Indian journal of veterinary science and animal husbandry - Volumes 18-21, 1948-1951
Year: 1948
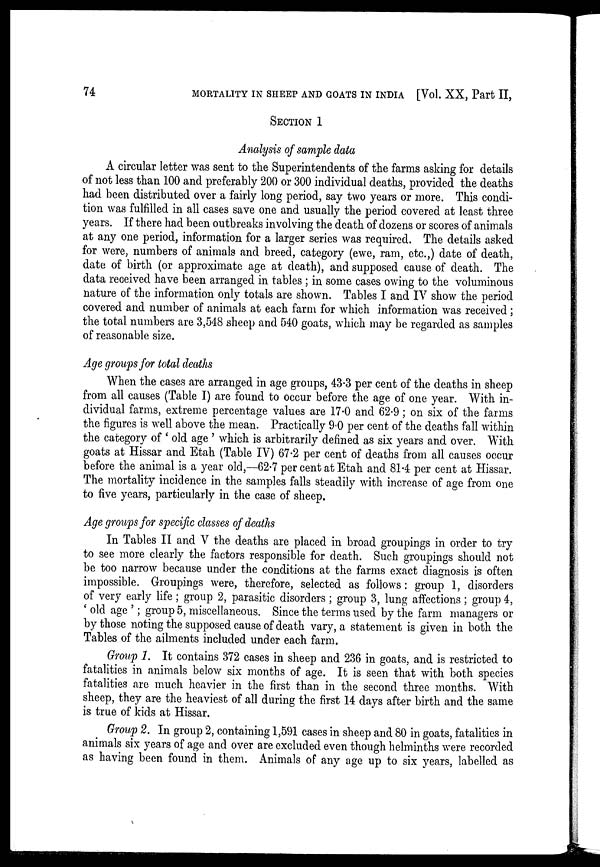
74
MORTALITY IN SHEEP AND GOATS IN INDIA [Vol. XX, Part II,
SECTION 1
Analysis of sample data
A circular letter was sent to the Superintendents of the farms asking for details
of not less than 100 and preferably 200 or 300 individual deaths, provided the deaths
had been distributed over a fairly long period, say two years or more. This condi-
tion was fulfilled in all cases save one and usually the period covered at least three
years. If there had been outbreaks involving the death of dozens or scores of animals
at any one period, information for a larger series was required. The details asked
for were, numbers of animals and breed, category (ewe, ram, etc.,) date of death,
date of birth (or approximate age at death), and supposed cause of death. The
data received have been arranged in tables ; in some cases owing to the voluminous
nature of the information only totals are shown. Tables I and IV show the period
covered and number of animals at each farm for which information was received ;
the total numbers are 3,548 sheep and 540 goats, which may be regarded as samples
of reasonable size.
Age groups for total deaths
When the cases are arranged in age groups, 43.3 per cent of the deaths in sheep
from all causes (Table I) are found to occur before the age of one year. With in-
dividual farms, extreme percentage values are 17.0 and 62.9 ; on six of the farms
the figures is well above the mean. Practically 9.0 per cent of the deaths fall within
the category of 'old age' which is arbitrarily defined as six years and over. With
goats at Hissar and Etah (Table IV) 67.2 per cent of deaths from all causes occur
before the animal is a year old,—62.7 per cent at Etah and 81.4 per cent at Hissar.
The mortality incidence in the samples falls steadily with increase of age from one
to five years, particularly in the case of sheep.
Age groups for specific classes of deaths
In Tables II and V the deaths are placed in broad groupings in order to try
to see more clearly the factors responsible for death. Such groupings should not
be too narrow because under the conditions at the farms exact diagnosis is often
impossible. Groupings were, therefore, selected as follows: group 1, disorders
of very early life ; group 2, parasitic disorders; group 3, lung affections; group 4,
'old age' ; group 5, miscellaneous. Since the terms used by the farm managers or
by those noting the supposed cause of death vary, a statement is given in both the
Tables of the ailments included under each farm.
Group 1. It contains 372 cases in sheep and 236 in goats, and is restricted to
fatalities in animals below six months of age. It is seen that with both species
fatalities are much heavier in the first than in the second three months. With
sheep, they are the heaviest of all during the first 14 days after birth and the same
is true of kids at Hissar.
Group 2. In group 2, containing 1,591 cases in sheep and 80 in goats, fatalities in
animals six years of age and over are excluded even though helminths were recorded
as having been found in them. Animals of any age up to six years, labelled as